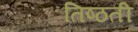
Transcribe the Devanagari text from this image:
तिष्ठती